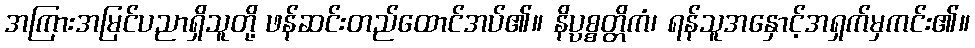
အကြားအမြင်ပညာရှိသူတို့ ဖန်ဆင်းတည်ထောင်အပ်၏။ နိပ္ပစ္စတ္တိကံ၊ ရန်သူအနှောင့်အရှက်မှကင်း၏။